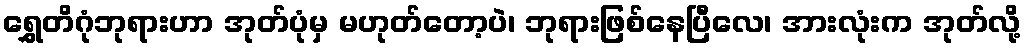
ရွှေတိဂုံဘုရားဟာ အုတ်ပုံမှ မဟုတ်တော့ပဲ၊ ဘုရားဖြစ်နေပြီလေ၊ အားလုံးက အုတ်လို့